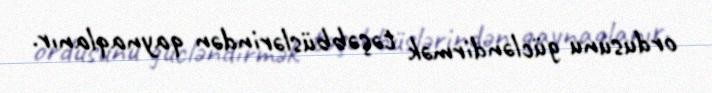
ordusunu gücləndirmək təşəbbüslərindən qaynaqlanır.